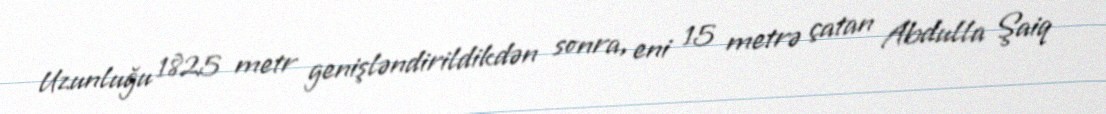
Uzunluğu 1825 metr genişləndirildikdən sonra, eni 15 metrə çatan Abdulla Şaiq